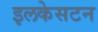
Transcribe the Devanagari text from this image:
इलकेसटन